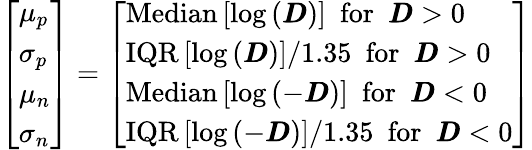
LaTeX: \left[\begin{array}{l}{\mu_{p}}\\ {\sigma_{p}}\\ {\mu_{n}}\\ {\sigma_{n}}\end{array}\right]=\left[\begin{array}{l}{\mathrm{Median}\left[\mathrm{log}\left(\pmb{D}\right)\right]\ \ \mathrm{for}\ \ \pmb{D}>0}\\ {\mathrm{IQR}\left[\mathrm{log}\left(\pmb{D}\right)\right]/1.35\ \ \mathrm{for}\ \ \pmb{D}>0}\\ {\mathrm{Median}\left[\mathrm{log}\left(-\pmb{D}\right)\right]\ \ \mathrm{for}\ \ \pmb{D}<0}\\ {\mathrm{IQR}\left[\mathrm{log}\left(-\pmb{D}\right)\right]/1.35\ \ \mathrm{for}\ \ \pmb{D}<0}\end{array}\right]